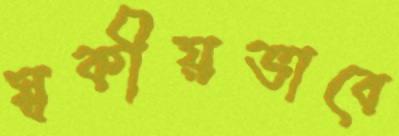
স্বকীয়ভাবে